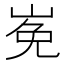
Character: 𡸊